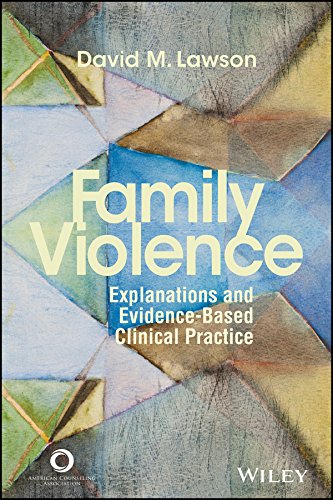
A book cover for Family Violence: Explanations and Evidence-Based Clinical Practice; David M. Lawson; Parenting & Relationships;